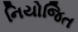
નિયોજિત